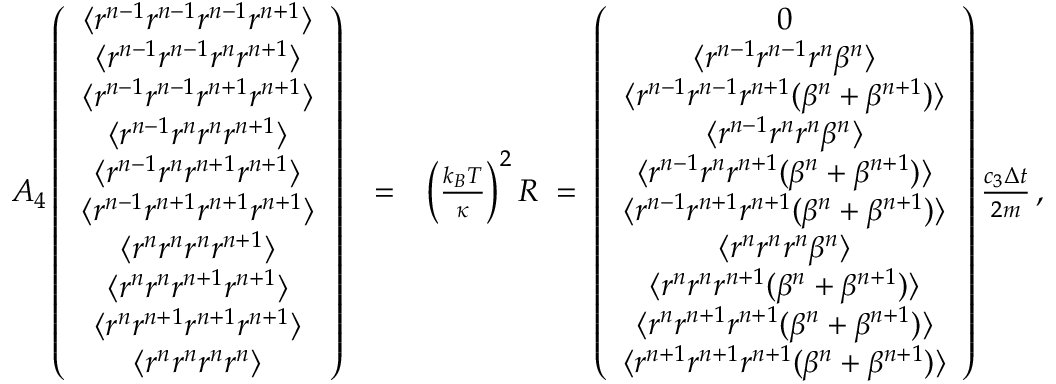
\begin{array} { r l r } { { \cal A } _ { 4 } \left( \begin{array} { c } { \langle r ^ { n - 1 } r ^ { n - 1 } r ^ { n - 1 } r ^ { n + 1 } \rangle } \\ { \langle r ^ { n - 1 } r ^ { n - 1 } r ^ { n } r ^ { n + 1 } \rangle } \\ { \langle r ^ { n - 1 } r ^ { n - 1 } r ^ { n + 1 } r ^ { n + 1 } \rangle } \\ { \langle r ^ { n - 1 } r ^ { n } r ^ { n } r ^ { n + 1 } \rangle } \\ { \langle r ^ { n - 1 } r ^ { n } r ^ { n + 1 } r ^ { n + 1 } \rangle } \\ { \langle r ^ { n - 1 } r ^ { n + 1 } r ^ { n + 1 } r ^ { n + 1 } \rangle } \\ { \langle r ^ { n } r ^ { n } r ^ { n } r ^ { n + 1 } \rangle } \\ { \langle r ^ { n } r ^ { n } r ^ { n + 1 } r ^ { n + 1 } \rangle } \\ { \langle r ^ { n } r ^ { n + 1 } r ^ { n + 1 } r ^ { n + 1 } \rangle } \\ { \langle r ^ { n } r ^ { n } r ^ { n } r ^ { n } \rangle } \end{array} \right) } & { = } & { \left( \frac { k _ { B } T } { \kappa } \right) ^ { 2 } { \cal R } \; = \; \left( \begin{array} { c } { 0 } \\ { \langle r ^ { n - 1 } r ^ { n - 1 } r ^ { n } \beta ^ { n } \rangle } \\ { \langle r ^ { n - 1 } r ^ { n - 1 } r ^ { n + 1 } ( \beta ^ { n } + \beta ^ { n + 1 } ) \rangle } \\ { \langle r ^ { n - 1 } r ^ { n } r ^ { n } \beta ^ { n } \rangle } \\ { \langle r ^ { n - 1 } r ^ { n } r ^ { n + 1 } ( \beta ^ { n } + \beta ^ { n + 1 } ) \rangle } \\ { \langle r ^ { n - 1 } r ^ { n + 1 } r ^ { n + 1 } ( \beta ^ { n } + \beta ^ { n + 1 } ) \rangle } \\ { \langle r ^ { n } r ^ { n } r ^ { n } \beta ^ { n } \rangle } \\ { \langle r ^ { n } r ^ { n } r ^ { n + 1 } ( \beta ^ { n } + \beta ^ { n + 1 } ) \rangle } \\ { \langle r ^ { n } r ^ { n + 1 } r ^ { n + 1 } ( \beta ^ { n } + \beta ^ { n + 1 } ) \rangle } \\ { \langle r ^ { n + 1 } r ^ { n + 1 } r ^ { n + 1 } ( \beta ^ { n } + \beta ^ { n + 1 } ) \rangle } \end{array} \right) \frac { c _ { 3 } \Delta { t } } { 2 m } \, , } \end{array}